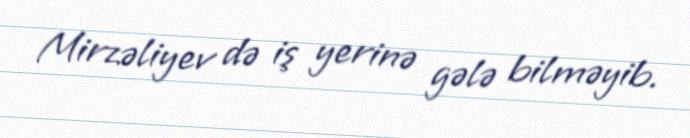
Mirzəliyev də iş yerinə gələ bilməyib.